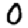
Digit: 0